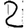
Digit: 2